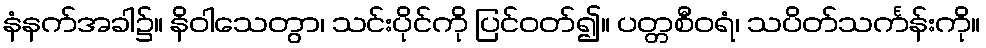
နံနက်အခါ၌။ နိဝါသေတွာ၊ သင်းပိုင်ကို ပြင်ဝတ်၍။ ပတ္တစီဝရံ၊ သပိတ်သင်္ကန်းကို။